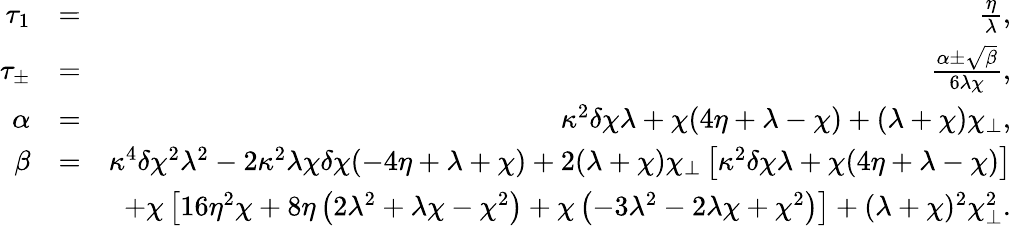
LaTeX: \begin{array}{rlr}{\tau_{1}}&{=}&{\frac{\eta}{\lambda},}\\ {\tau_{\pm}}&{=}&{\frac{\alpha\pm\sqrt{\beta}}{6\lambda\chi},}\\ {\alpha}&{=}&{\kappa^{2}\delta\chi\lambda+\chi(4\eta+\lambda-\chi)+(\lambda+\chi)\chi_{\perp},}\\ {\beta}&{=}&{\kappa^{4}\delta\chi^{2}\lambda^{2}-2\kappa^{2}\lambda\chi\delta\chi(-4\eta+\lambda+\chi)+2(\lambda+\chi)\chi_{\perp}\left[\kappa^{2}\delta\chi\lambda+\chi(4\eta+\lambda-\chi)\right]}\\ &{}&{+\chi\left[16\eta^{2}\chi+8\eta\left(2\lambda^{2}+\lambda\chi-\chi^{2}\right)+\chi\left(-3\lambda^{2}-2\lambda\chi+\chi^{2}\right)\right]+(\lambda+\chi)^{2}\chi_{\perp}^{2}.}\end{array}